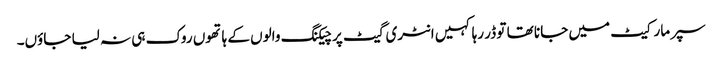
سپر مارکیٹ میں جانا تھا تو ڈر رہا کہیں انٹری گیٹ پر چیکنگ والوں کے ہاتھوں روک ہی نہ لیا جاؤں۔